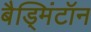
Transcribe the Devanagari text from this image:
बैड्मिंटॉन